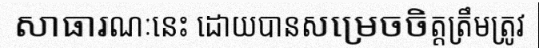
សាធារណៈនេះ ដោយបានសម្រេចចិត្តត្រឹមត្រូវ